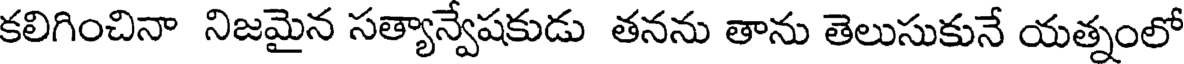
కలిగించినా నిజమైన సత్యాన్వేషకుడు తనను తాను తెలుసుకునే యత్నంలో